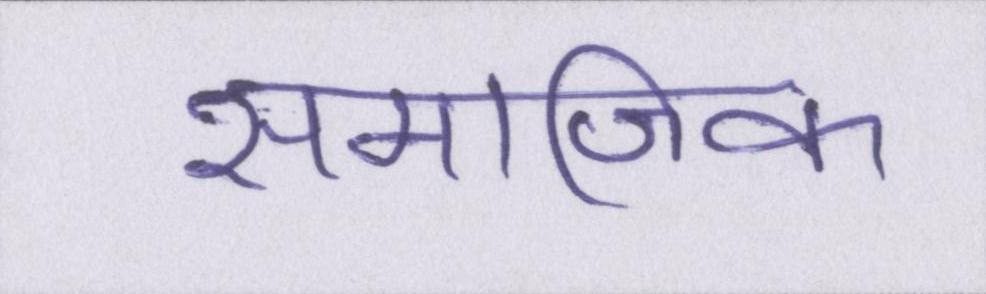
समाजिक